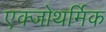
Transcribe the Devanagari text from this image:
एक्जोथर्मिक